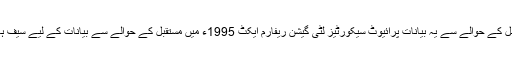
ہمارا ارادہ ہے کہ مستقبل کے حوالے سے یہ بیانات پرائیوٹ سیکورٹیز لٹی گیشن ریفارم ایکٹ 1995ء میں مستقبل کے حوالے سے بیانات کے لیے سیف ہاربر فراہمی رکھتے ہو۔